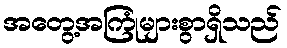
အတွေ့အကြုံများစွာရှိသည်